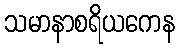
သမာနာစရိယကေန